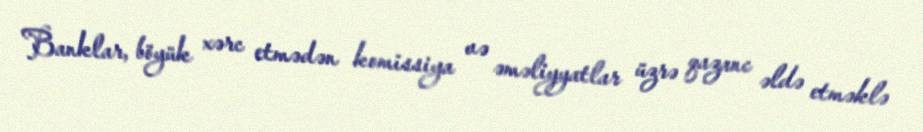
Banklar, böyük xərc etmədən komissiya və əməliyyatlar üzrə qazanc əldə etməklə